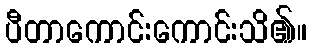
ပီတာကောင်းကောင်းသိ၏။